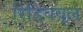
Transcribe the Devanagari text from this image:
रिडिवयूल